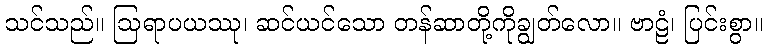
သင်သည်။ ဩရာပယဿု၊ ဆင်ယင်သော တန်ဆာတို့ကိုချွတ်လော။ ဗာဠံ၊ ပြင်းစွာ။